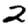
Digit: 2